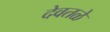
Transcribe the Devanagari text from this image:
देवतळे